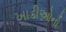
ખાડીઓનો